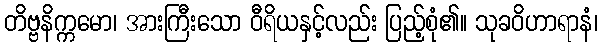
တိဗ္ဗနိက္ကမော၊ အားကြီးသော ဝီရိယနှင့်လည်း ပြည့်စုံ၏။ သုခဝိဟာရာနံ၊